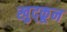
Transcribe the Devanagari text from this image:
खुद्कून